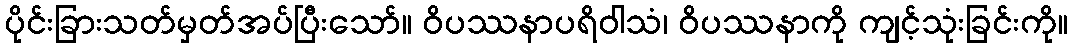
ပိုင်းခြားသတ်မှတ်အပ်ပြီးသော်။ ဝိပဿနာပရိဝါသံ၊ ဝိပဿနာကို ကျင့်သုံးခြင်းကို။